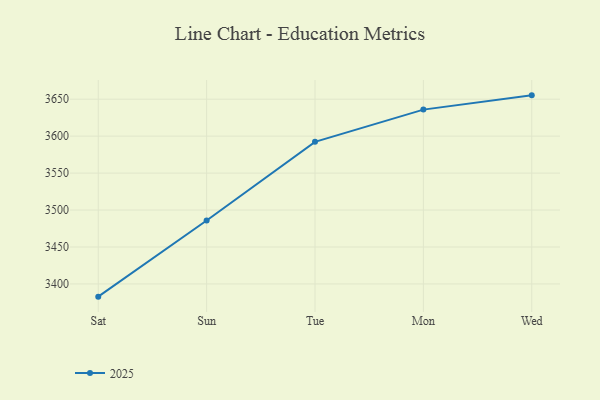
{"axis": {"x": "Day", "y": "Headcount"}, "legend": ["2025"], "data": [{"x": "Sat", "y": 3382.8, "type": "2025"}, {"x": "Sun", "y": 3485.8, "type": "2025"}, {"x": "Tue", "y": 3592.3, "type": "2025"}, {"x": "Mon", "y": 3635.9, "type": "2025"}, {"x": "Wed", "y": 3655.2, "type": "2025"}]}